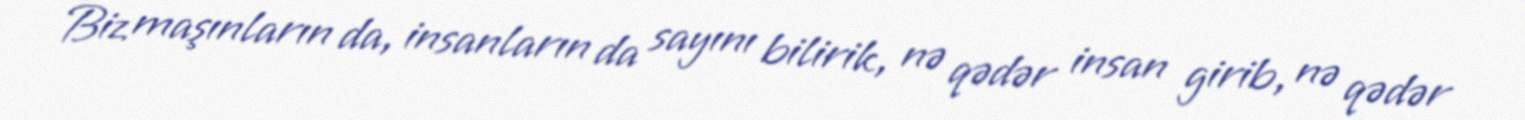
Biz maşınların da, insanların da sayını bilirik, nə qədər insan girib, nə qədər